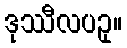
ဒုဿီလပဥှ။